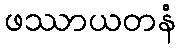
ဖဿာယတနံ